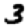
Digit: 3